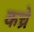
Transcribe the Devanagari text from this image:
कच्रे